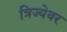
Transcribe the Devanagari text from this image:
त्रिज्येवर